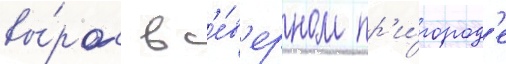
вы́рос в с'е́в'ерном пр'и́город'е